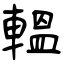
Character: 轀